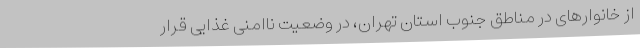
از خانوارهای در مناطق جنوب استان تهران، در وضعیت ناامنی غذایی قرار